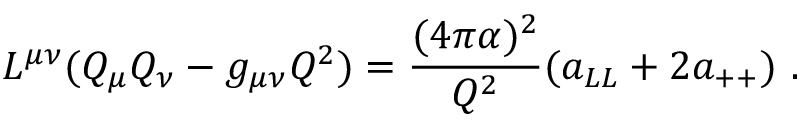
L ^ { \mu \nu } ( Q _ { \mu } Q _ { \nu } - g _ { \mu \nu } Q ^ { 2 } ) = \frac { ( 4 \pi \alpha ) ^ { 2 } } { Q ^ { 2 } } ( a _ { L L } + 2 a _ { + + } ) ~ .